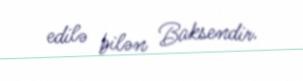
edilə bilən Baksendir.